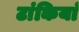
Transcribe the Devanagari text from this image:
टांकियां